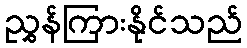
ညွှန်ကြားနိုင်သည်